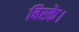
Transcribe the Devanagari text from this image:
बिस्के।